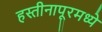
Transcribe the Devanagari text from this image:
हस्तीनापूरमध्ये